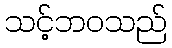
သင့်ဘဝသည်